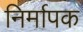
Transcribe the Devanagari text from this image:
निर्मापक